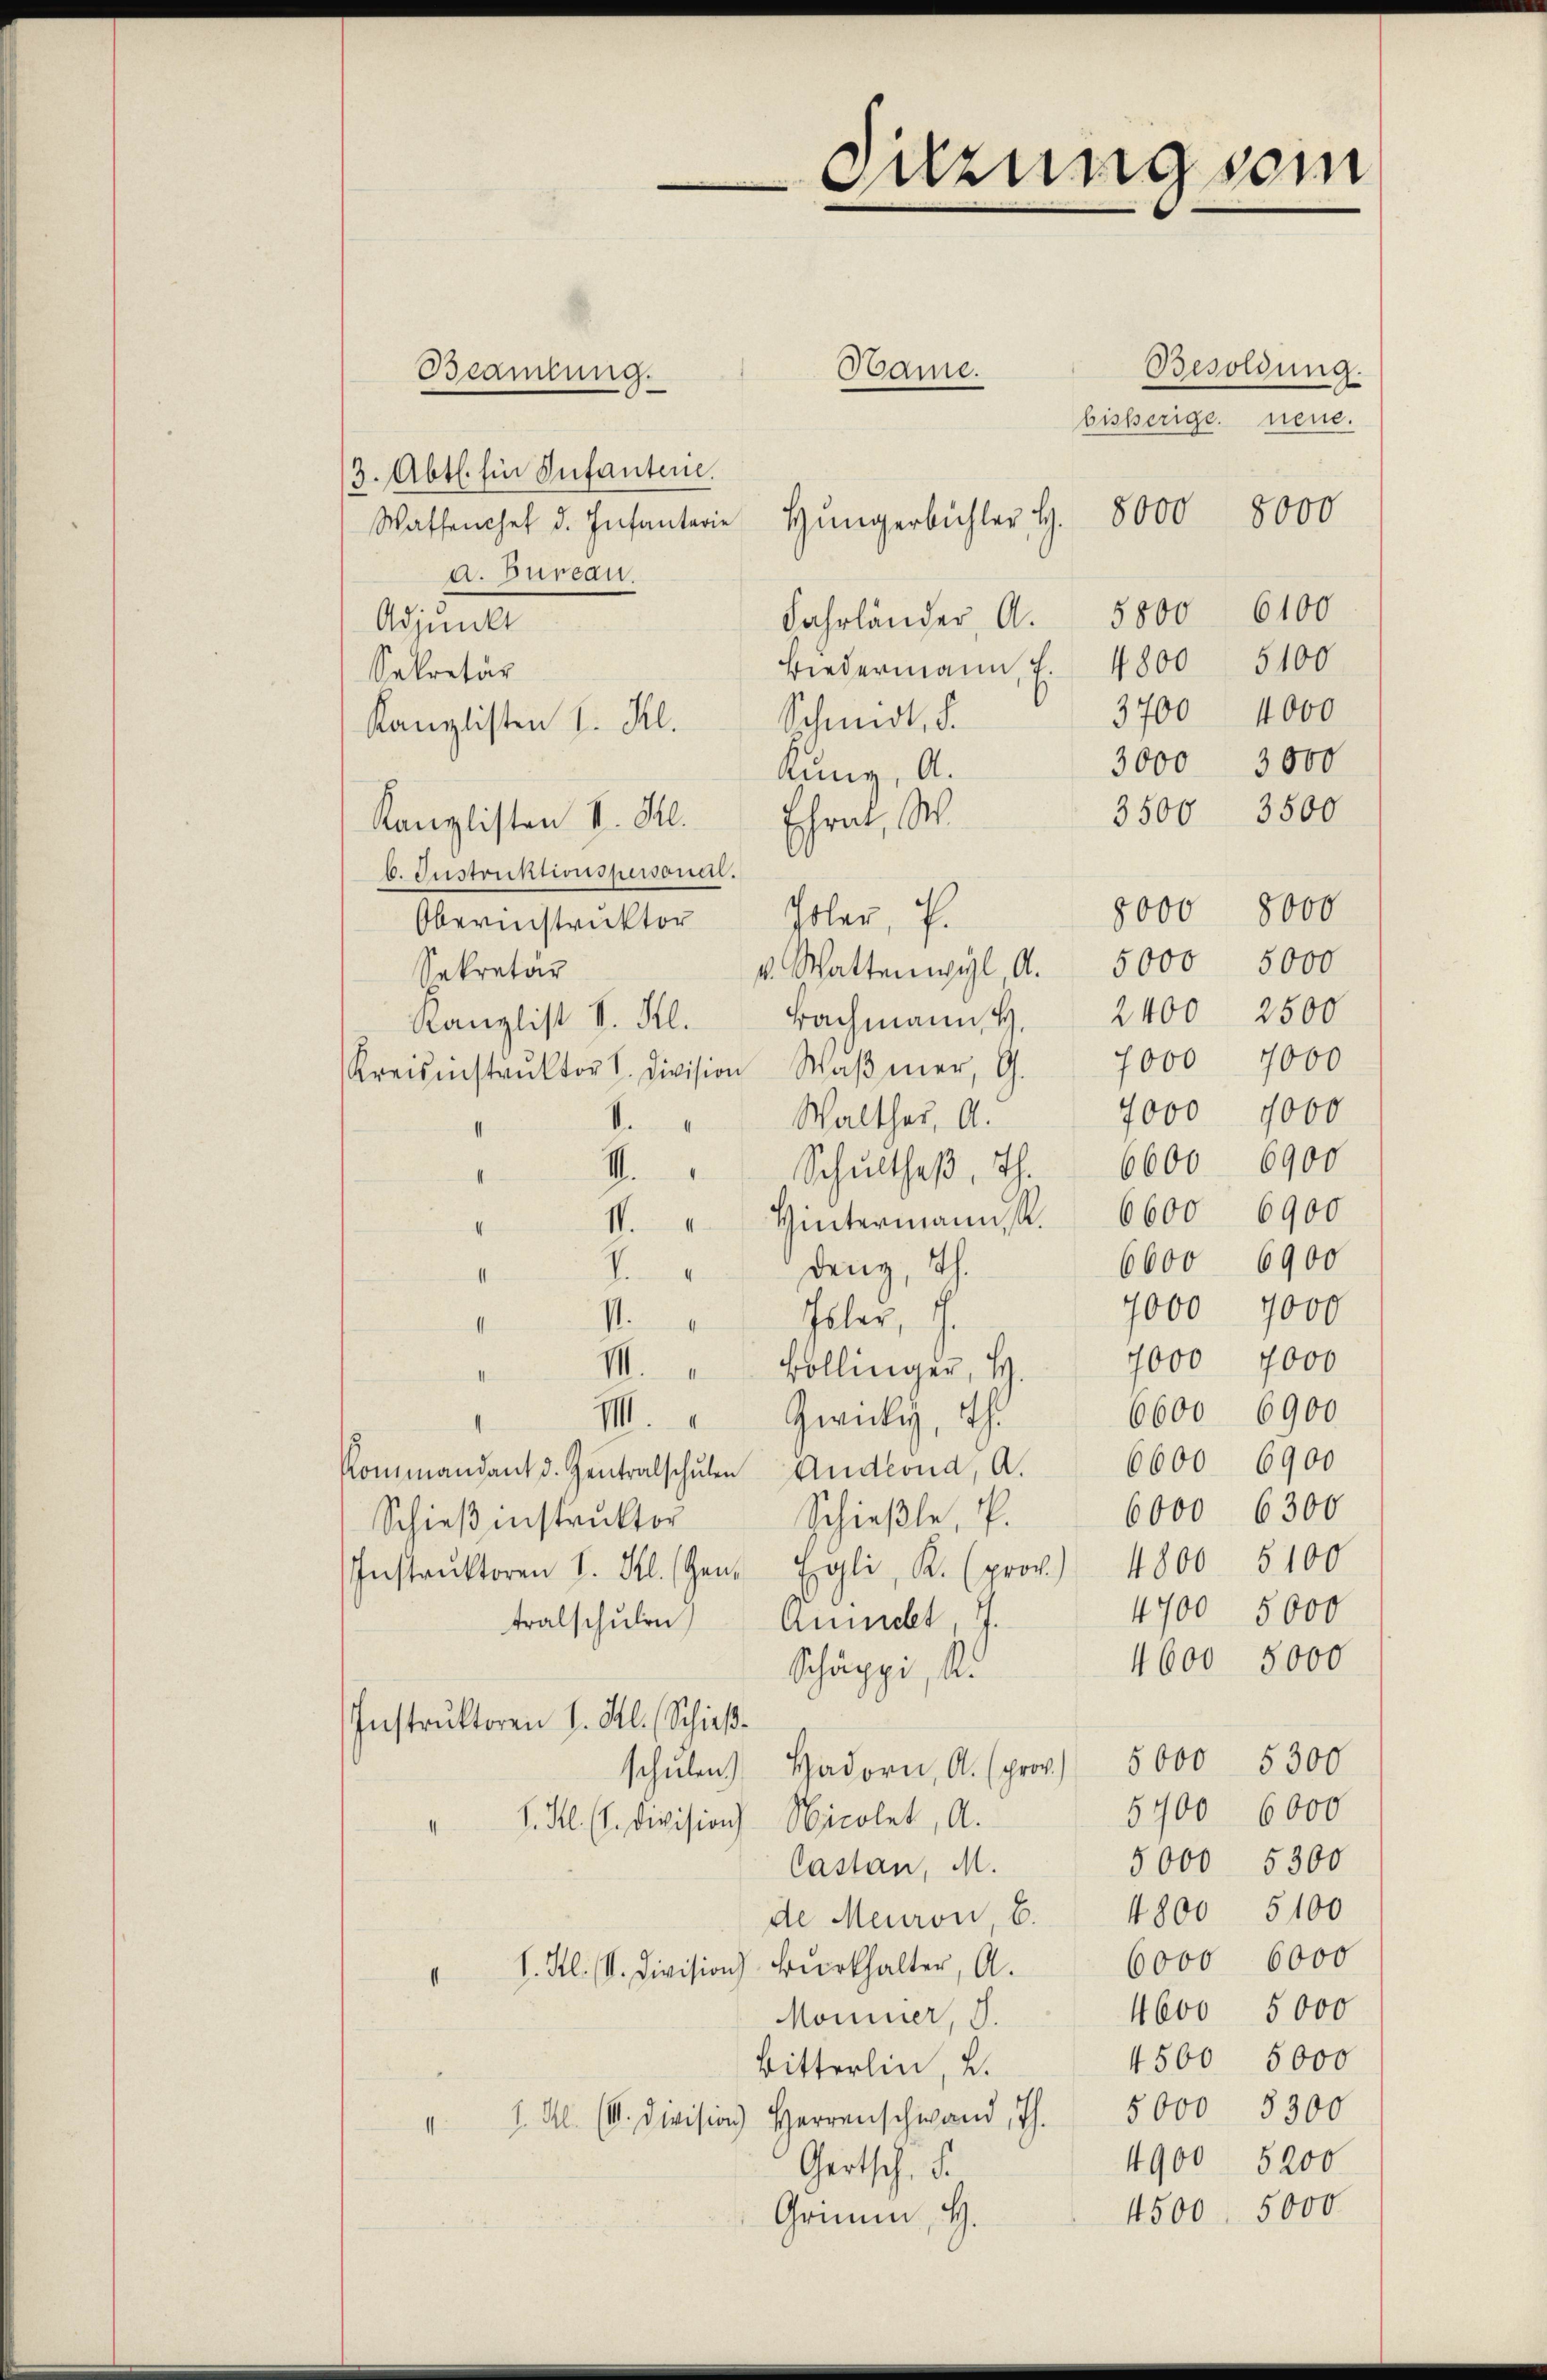
Suzungsein

Besoldung.
Hame.
Beamtung.
bisherige neue.
(3. Abt. Ein Infanterie
Waffenchef d. Infanterie Hungerbüchler, S. 8000 8000
d. Bureau.
Fahrländer, A. 5800. 6100
Adjunkt
5100
Biedermann, 7. 4800
Sekretär
3700 4000
Kanzlisten I. Kl. Schmidt, d.
3000 3000
Anny, A.
3500 3500
Kanzlisten I. Kl. Ehrat, W.
b. Instruktionspersonell.
8000 8000
Oberinstrŭktor Poler, P.
v. Wattenwyl A. 5000 5000
Sekretär
2400 2500
Kanzlist v. Frl. Bachmann H.
Kreisinstrŭktor V. Division Waβmer, G. 7000 7000
7000 7000
Walther, A.
d
III. " Schultheβ. Th. 6600 6900
6600 6900
I. " Hintermann, St.
4
6600 6900
denz, Th.
.
I
7000 7000
M. Paler, u.
4
7000 7000
VII.
Bollinger, H.
II
6600 6900
III. " Zwickig, th
Kommandant d. Zentralschŭlen Andrond, A. 6600 6900
6000 6300
Schieße, P.
Schieβinstruktor
Instrŭktoren I. Kl. (Gen. Egli, K. (prov.) 4800. 5100
4700
5000
tralschulen Rumelt, I.
4600 5000
Schäppi, A.
Instruktoren I. Kl. Schießschŭlen) Hadorn, A. (prov. 5000 5300
5400 6000
" I. Kl. (l. Division Nicolet, A.
5000 5300
Castan, M.
de Meuron, 6. 4800 5100
6000 6000
I. Kl. (I. Division Burkhalter, A.
I
4600 5000
Mominer, S.
4500 5000
Bitterlin, 2.
5000 8300
1 Al. (I. Division Herrenschwand, Th.
1
4900 5200
Gertsch. S.
4500. 5000
Grinn, H.